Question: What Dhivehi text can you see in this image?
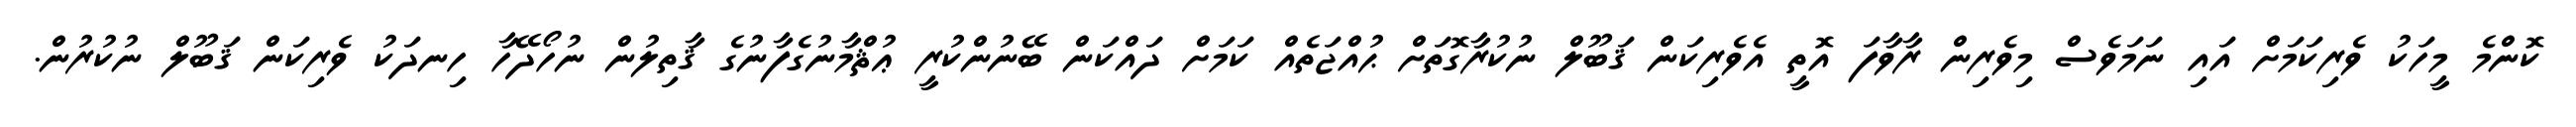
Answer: ކޮންމެ މީހަކު ވެރިކަމަށް އައި ނަމަވެސް މިވެރިން ރާވާފަ އޮތީ އެވެރިކަން ޤަބޫލް ނުކުރާގޮތަށް ޙުއްޖަތެއް ކަމަށް ދައްކަން ބޭނުންކުރީ ޢުޘްމާނުގެފާނުގެ ޤާތިލުން ނުހޯދޭހާ ހިނދަކު ވެރިކަން ޤަބޫލް ނުކުރުން.